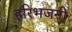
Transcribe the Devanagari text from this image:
हरिभजनी